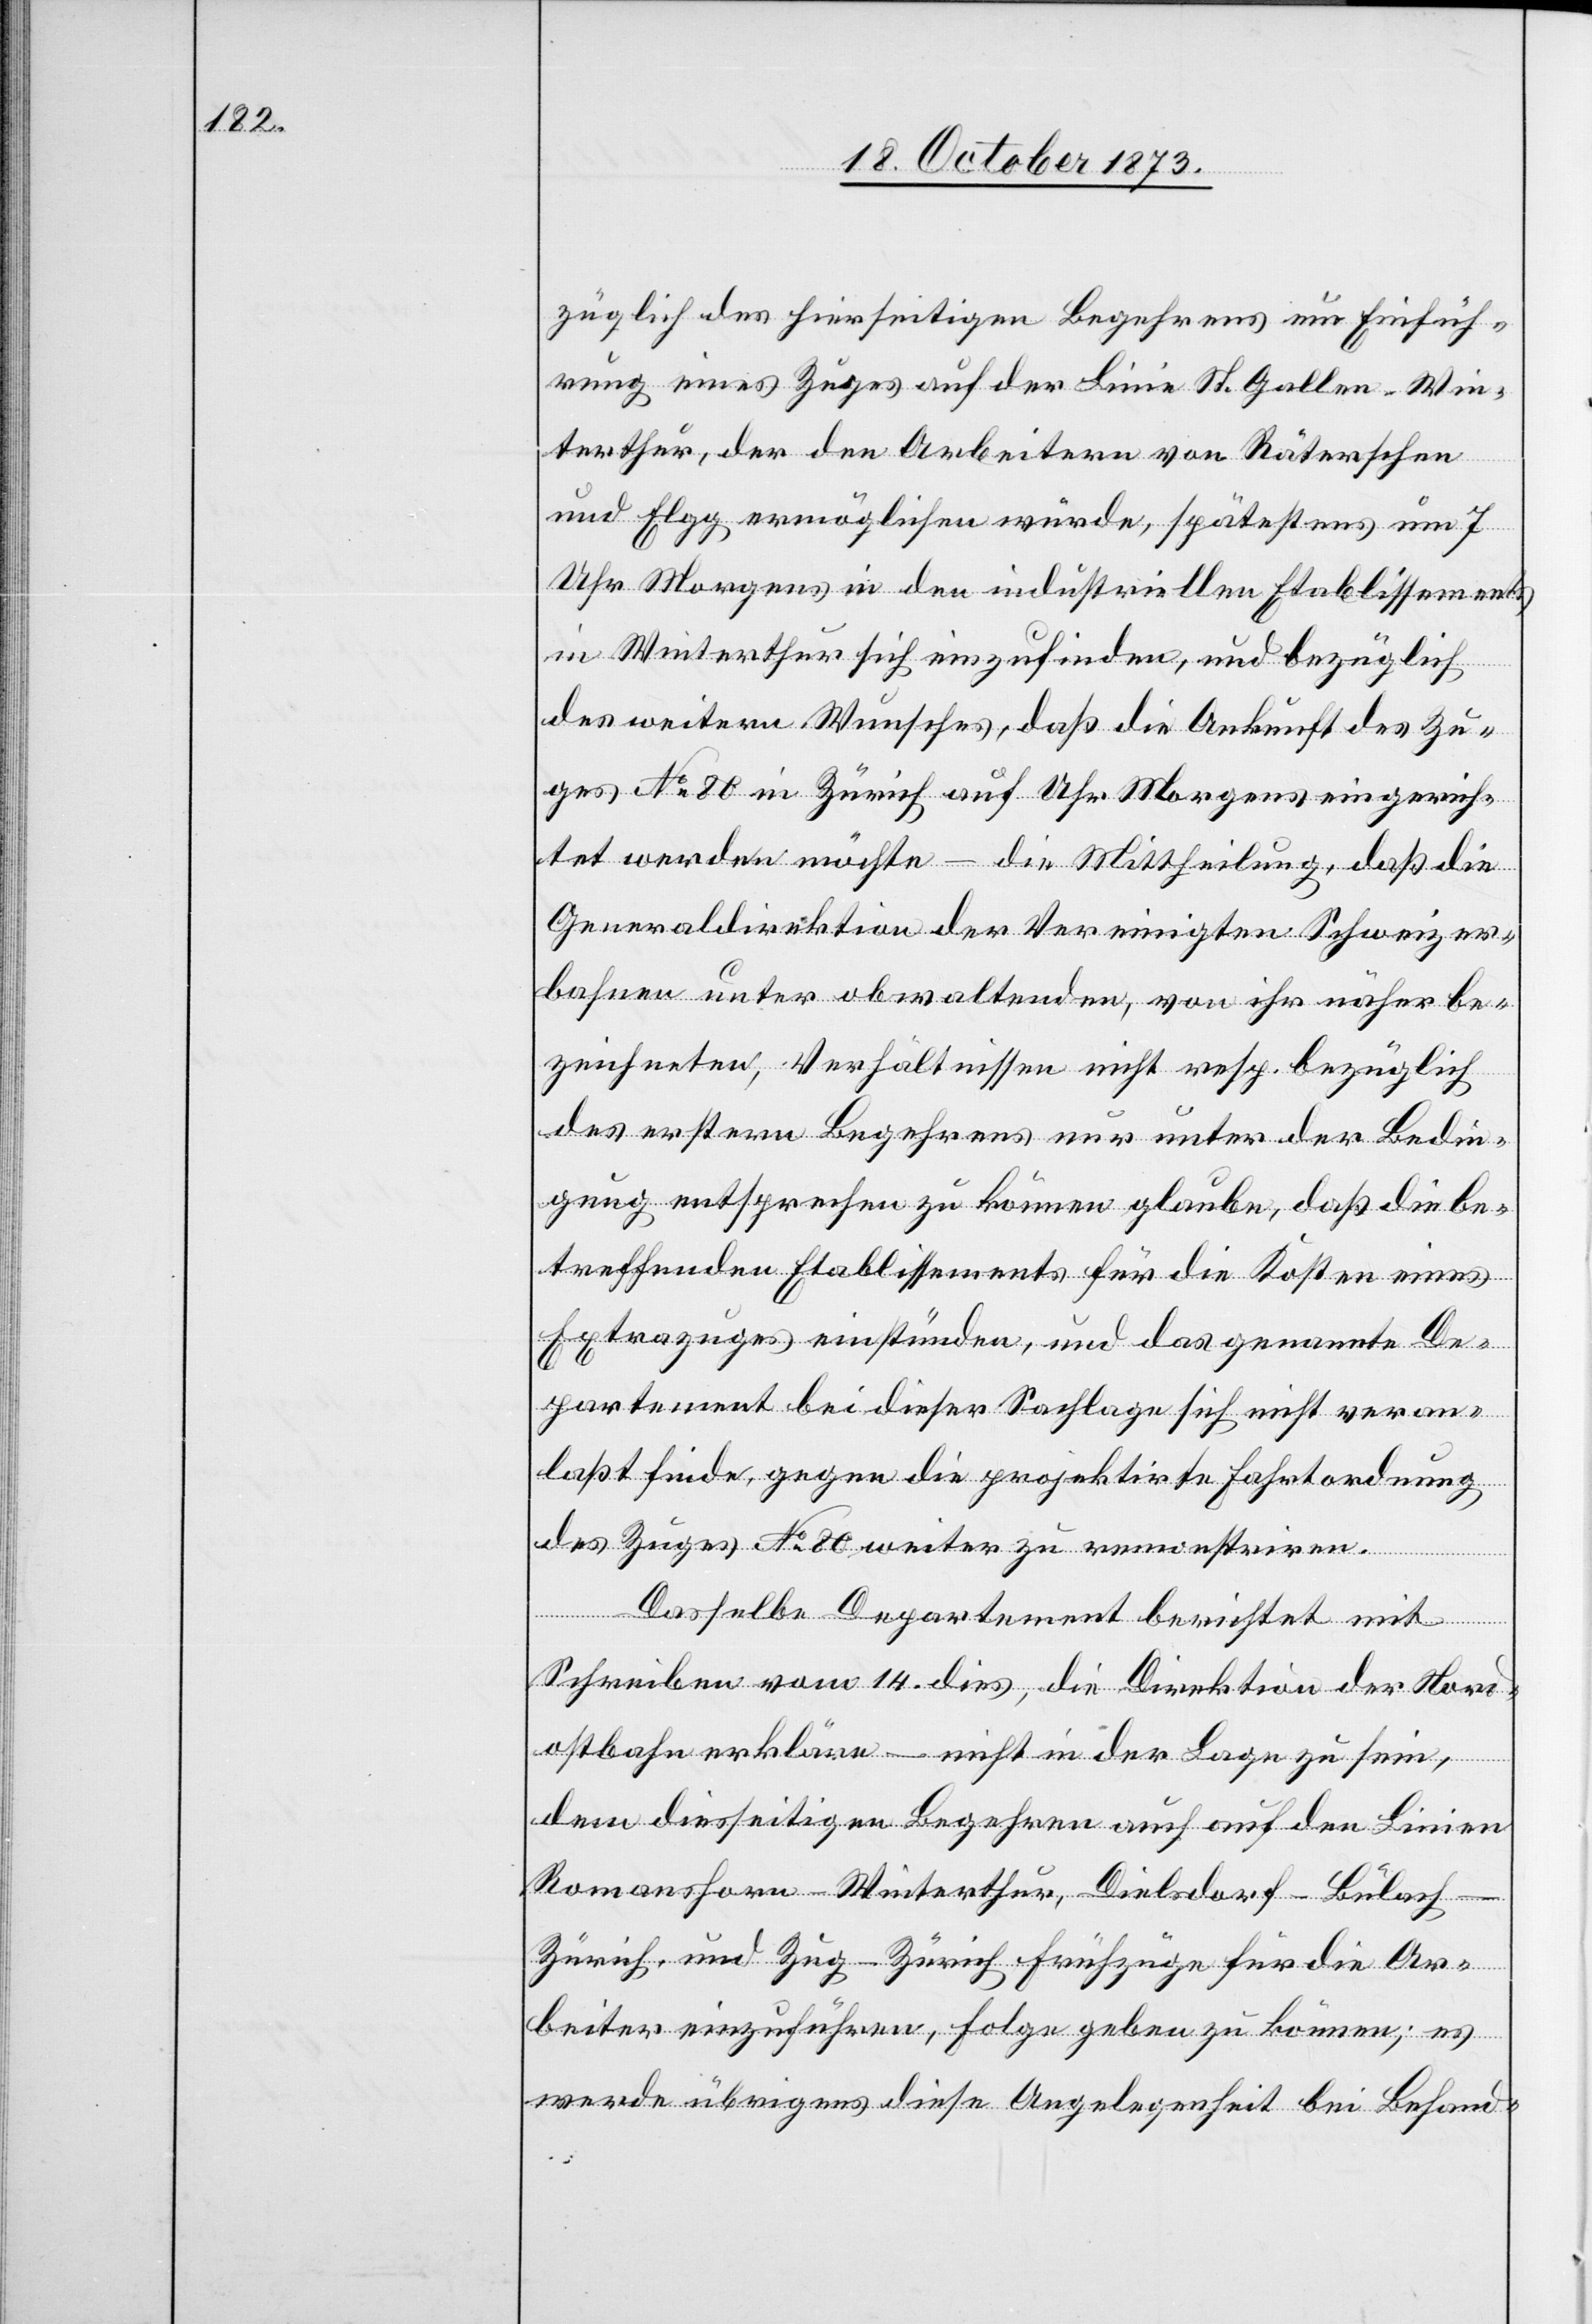
züglich des hierseitigen Begehrens um Einfüh¬
rung eines Zuges auf der Linie St. Gallen–Win¬
terthur, der den Arbeitern von Räterschen
und Elgg ermöglichen würde, spätestens um 7
Uhr Morgens in den industriellen Etablissements
in Winterthur sich einzufinden, und bezüglich
des weitern Wunsches, daß die Ankunft des Zu¬
ges No 80 in Zürich auf Uhr [sic!] Morgens eingerich¬
tet werden möchte – die Mittheilung, daß die
Generaldirektion der Vereinigten Schweizer¬
bahnen unter obwaltenden, von ihr näher be¬
zeichneten, Verhältnissen nicht resp. bezüglich
des erstern Begehrens nur unter der Bedin¬
gung entsprechen zu können glaube, daß die be¬
treffenden Etablissements für die Kosten eines
Extrazuges einstünden, und das genannte De¬
partement bei dieser Sachlage sich nicht veran¬
laßt finde, gegen die projektirte Fahrtordnung
des Zuges No 80 weiter zu remonstriren.
Dasselbe Departement berichtet mit
Schreiben vom 14. dies, die Direktion der Nor¬
dostbahn erkläre – nicht in der Lage zu sein,
dem diesseitigen Begehren auch auf den Linien
Romanshorn–Winterthur, Dielsdorf–Bülac¬
h–Zürich, und Zug–Zürich Frühzüge für die Ar¬
beiter einzuführen, Folge geben zu können; es
werde übrigens diese Angelegenheit bei Behand-